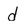
Character: d